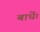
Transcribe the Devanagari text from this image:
बाधें।